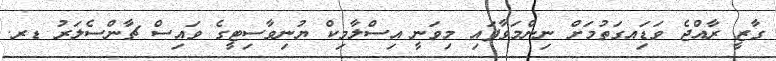
ގާޒީ ރާއްޖެ ވަޑަިއގަތުމަށް ނިންމަވާފައި މިވަނީ އިސްލާމިކް ޔުނިވާސިޓީގެ ވައިސް ޗާންސެލަރު ޑރ.